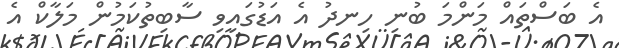
އެ ބަސްތައް މަންމަ ބުނި ހިނދު އެ އަޑުގައިވި ސާބިތުކަމުން މަލާކް އެ